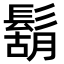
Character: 鬍